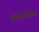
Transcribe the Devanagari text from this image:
संतमंडळींवर